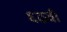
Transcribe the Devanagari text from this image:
६ठवीँ